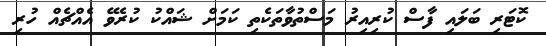
ކޮޓަރި ބަލައި ފާސް ކުރިއިރު މަސްތުވާތަކެތި ކަމަށް ޝައްކު ކުރެވޭ އެއްޗެއް ހުރި